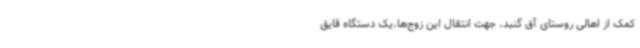
کمک از اهالی روستای آق گنبد، جهت انتقال این زوج‌ها،یک دستگاه قایق